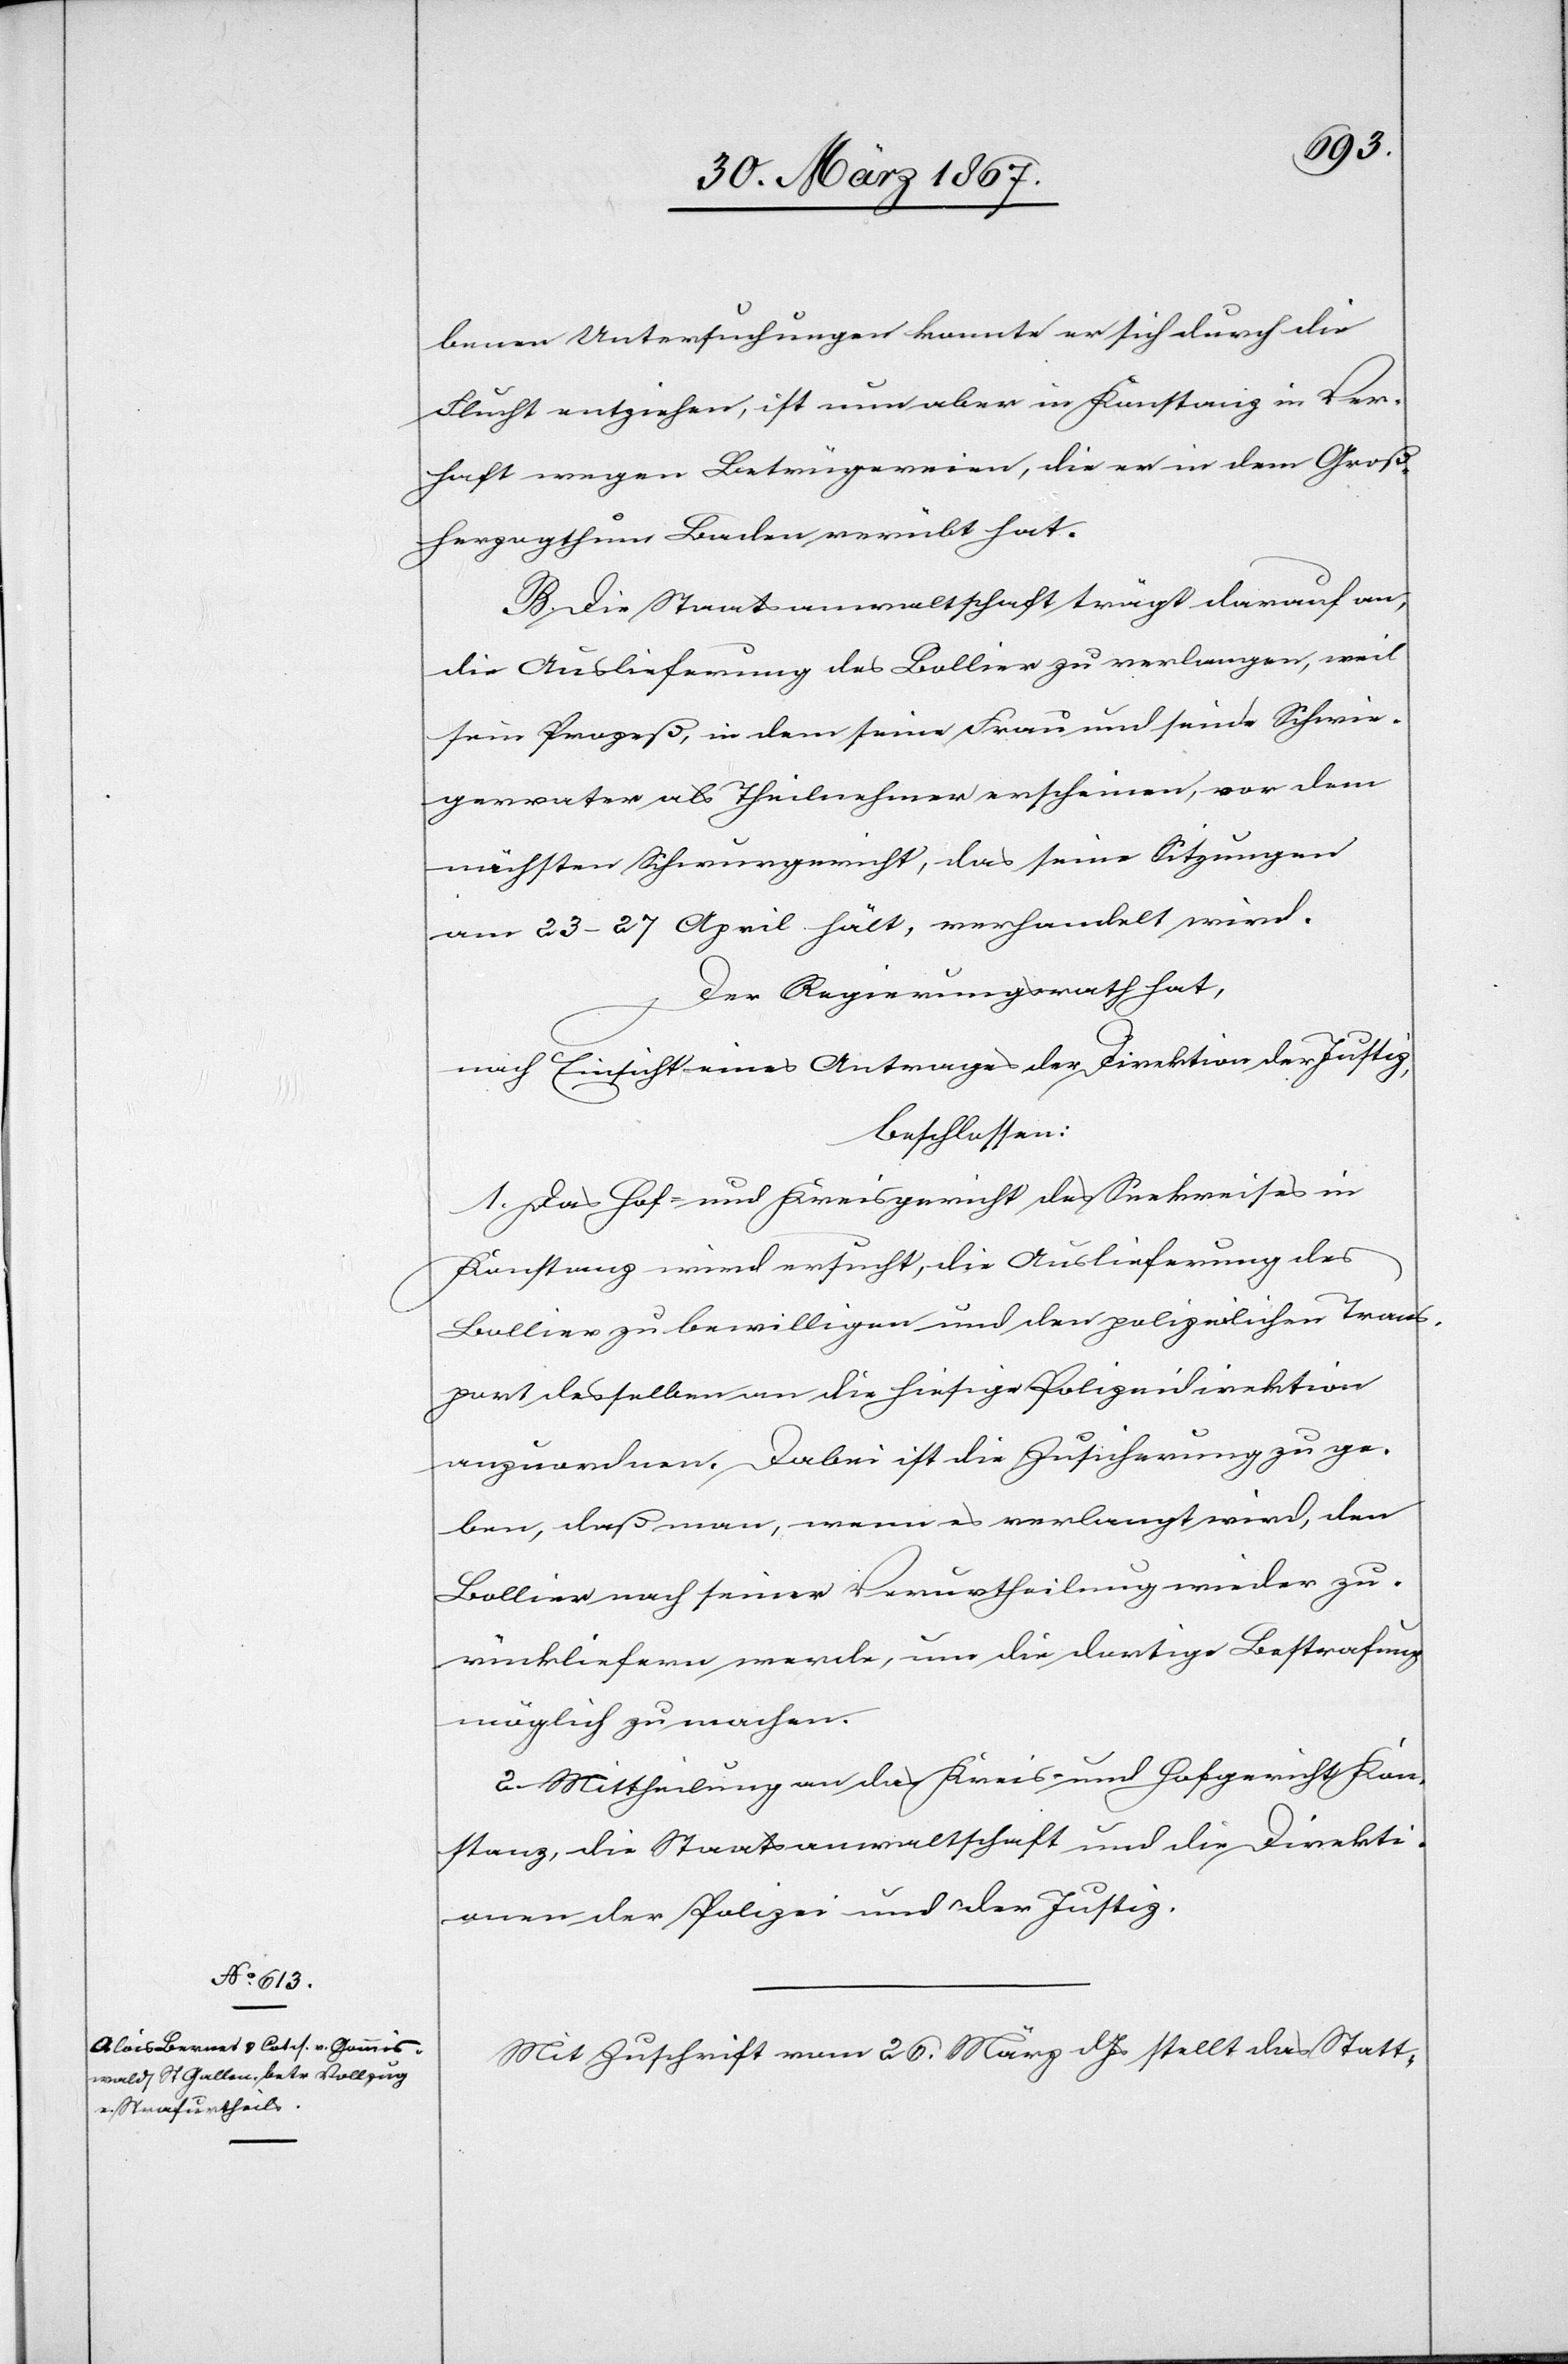
benen Untersuchungen konnte er sich durch die
Flucht entziehen, ist nun aber in Konstanz in Ver¬
haft wegen Betrügereien, die er in dem Groß¬
herzogthum Baden verübt hat.
B. Die Staatsanwaltschaft trägt darauf an,
die Auslieferung des Bollier zu verlangen, weil
sein Prozeß, in dem seine Frau und sein Schwie¬
gervater als Theilnehmer erscheinen, vor dem
nächsten Schwurgericht, das seine Sitzungen
am 23–27 April hält, verhandelt wird.
Der Regierungsrath hat,
nach Einsicht eines Antrages der Direktion der Justiz,
beschlossen:
1. Das Hof- und Kreisgericht des Seekreises in
Konstanz wird ersucht, die Auslieferung des
Bollier zu bewilligen und den polizeilichen Trans¬
port desselben an die hiesige Polizeidirektion
anzuordnen. Dabei ist die Zusicherung zu ge¬
ben, daß man, wenn es verlangt wird, den
Bollier nach seiner Verurtheilung wieder zu¬
rückliefern werde, um die dortige Bestrafung
möglich zu machen.
2. Mittheilung an das Kreis- und Hofgericht Kon¬
stanz, die Staatsanwaltschaft und die Direkti¬
onen der Polizei und der Justiz.
Mit Zuschrift vom 26. März d. Js stellt das Statt-